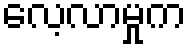
လေ့လာမှုက